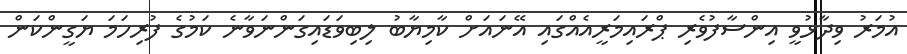
އުމަރު ވިދާޅުވީ އިންސާފުވެރި ޕްރައިމަރީއެއްގައި އޭނައަށް ކާމިޔާބު ލިބިވަޑައިގަންނަވާނެ ކަމުގެ ފުރިހަމަ ޔަގީންކަން